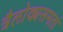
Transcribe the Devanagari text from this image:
त्रैलोक्यसमतां